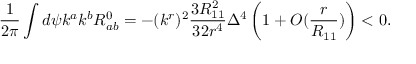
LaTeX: \frac { 1 } { 2 \pi } \int d \psi k ^ { a } k ^ { b } R _ { a b } ^ { 0 } = - ( k ^ { r } ) ^ { 2 } \frac { 3 R _ { 1 1 } ^ { 2 } } { 3 2 r ^ { 4 } } \Delta ^ { 4 } \left( 1 + { \cal O } ( \frac { r } { R _ { 1 1 } } ) \right) < 0 .